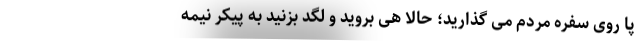
پا روی سفره مردم می گذارید؛ حالا هی بروید و لگد بزنید به پیکر نیمه